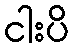
ငါးပိ